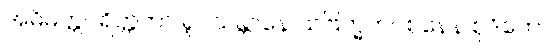
အဓိမတ္တပရိတ္တတာ ရူပသန္တာနေ သဗြဟ္မကဝစနေန စုဒိတော